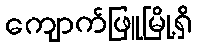
ကျောက်ဖြူမြို့ရှိ